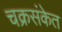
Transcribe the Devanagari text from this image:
चक्रसंकेत